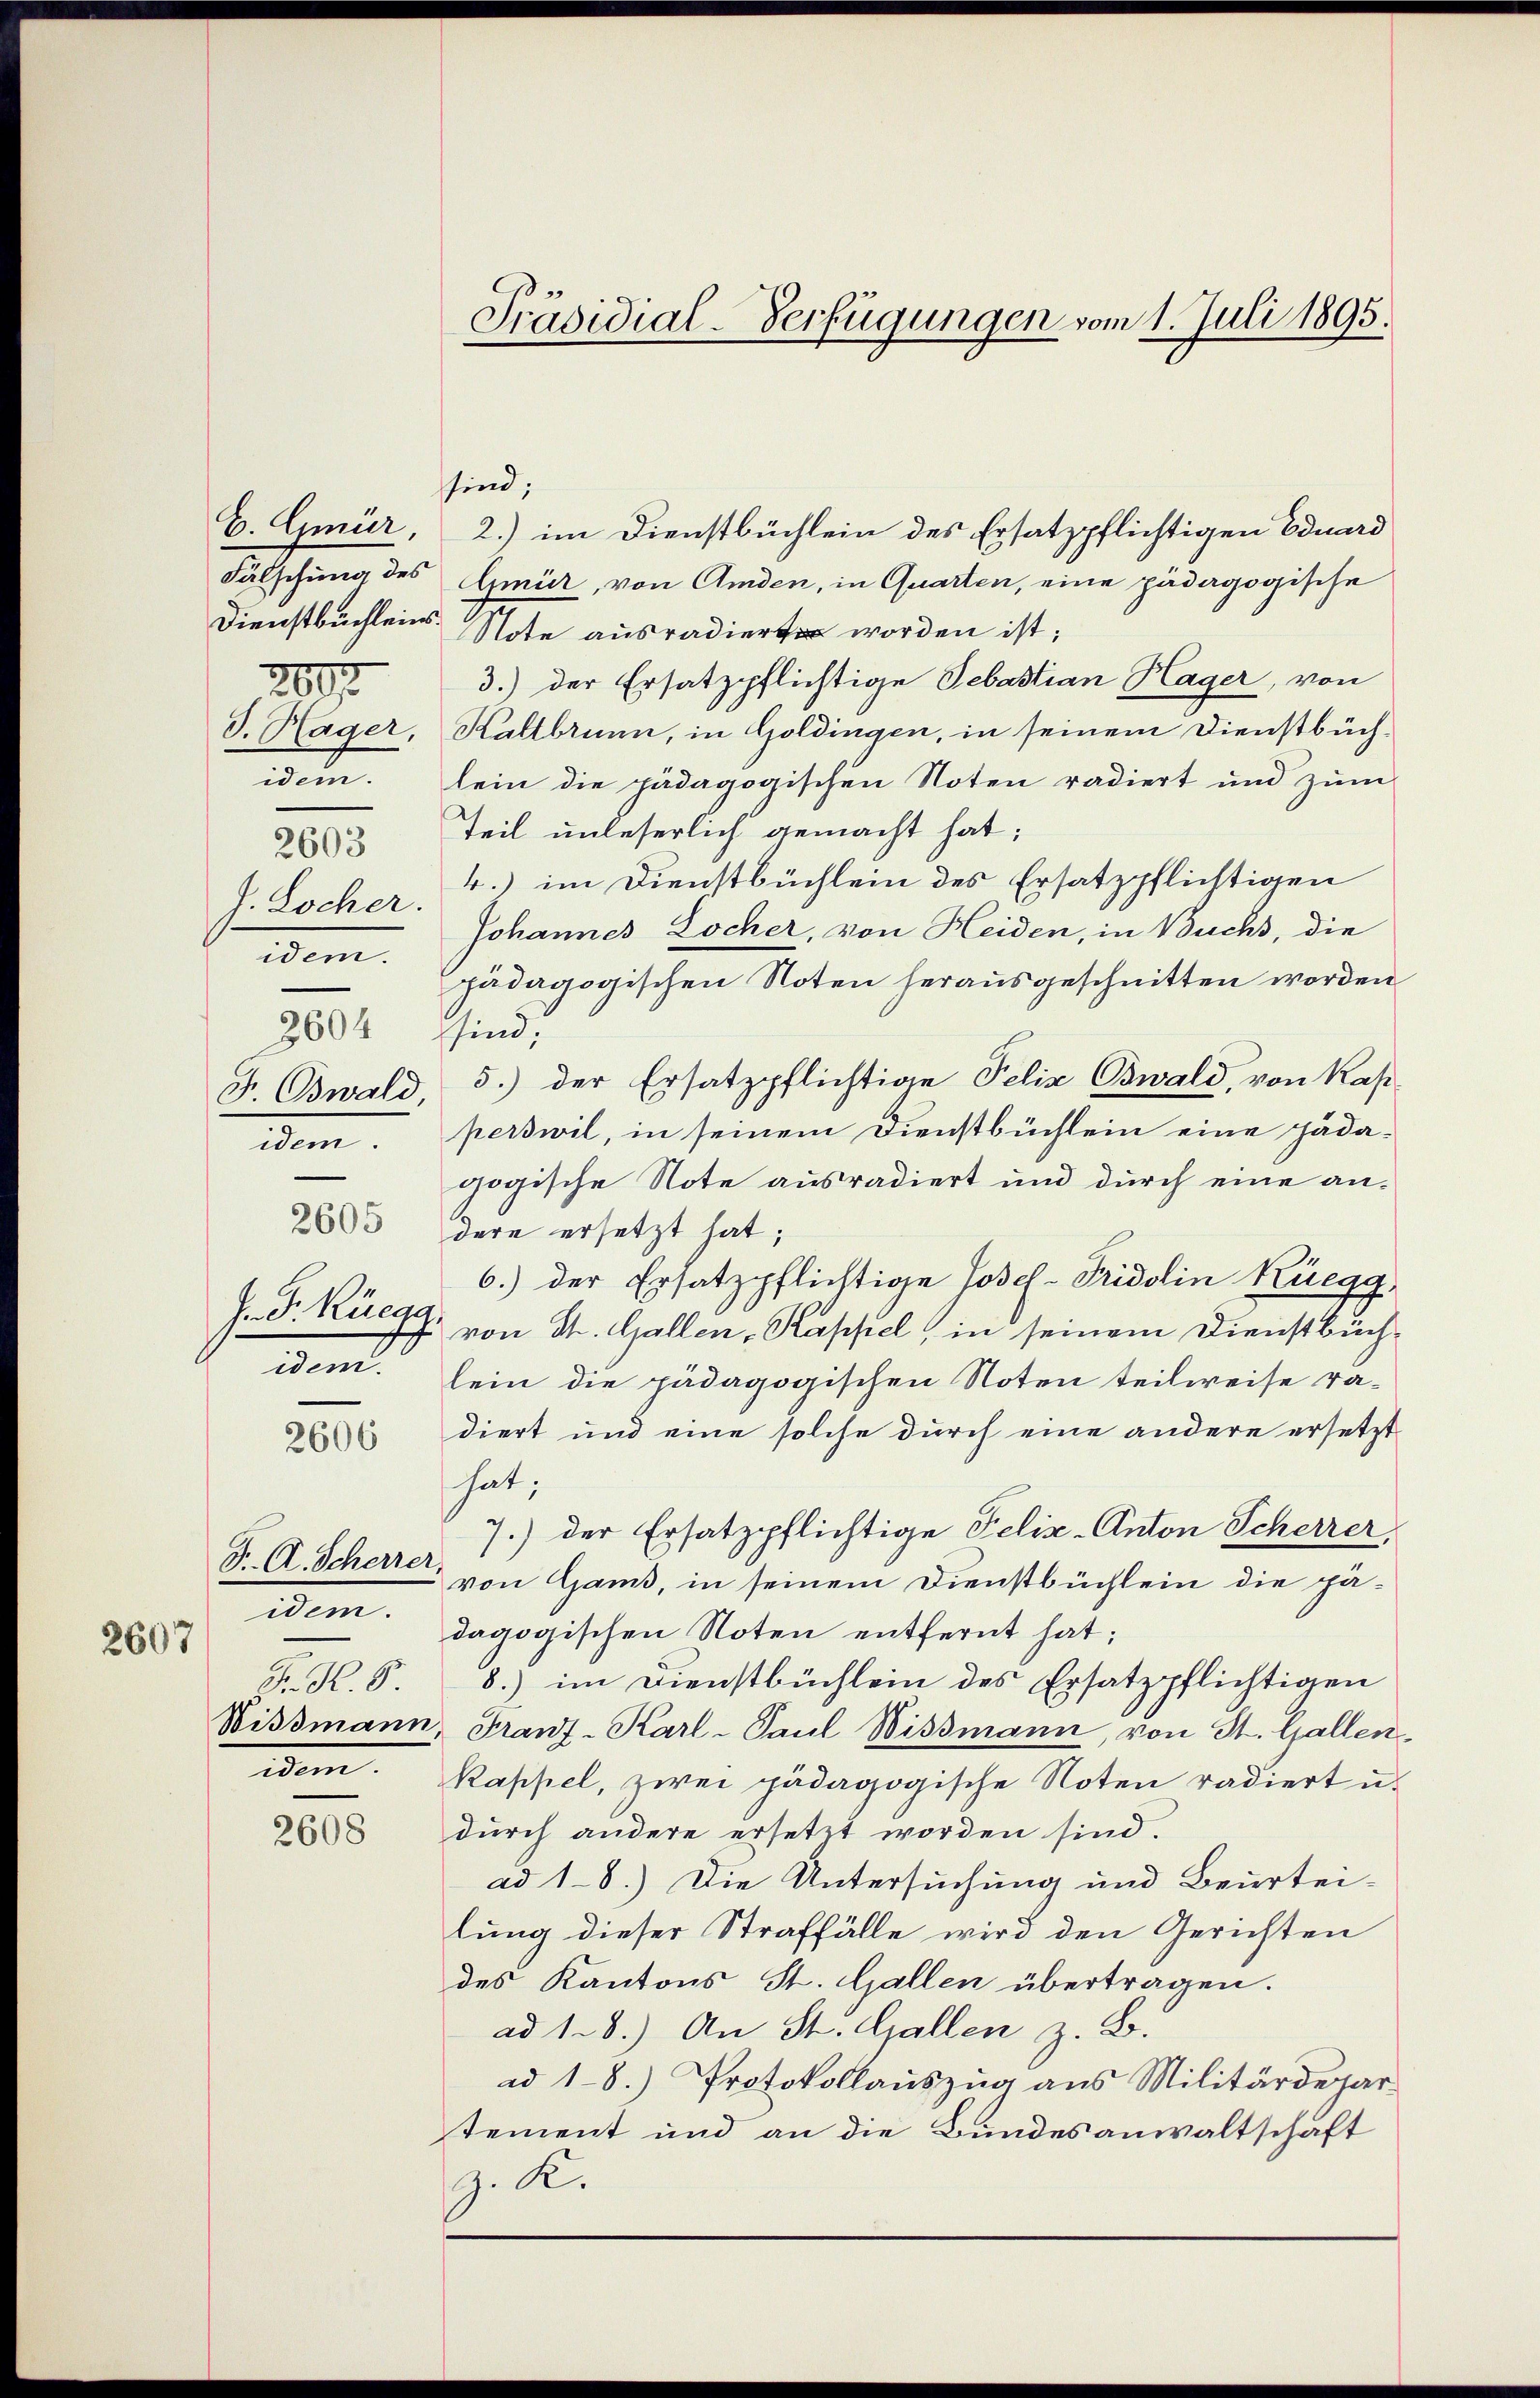
2607

C. Gmür,
Fälschung des
2807
idem.
2603
J. Locher.
idem.
2604 sind.
F. Oswald
idem.
J. P. Rüegg.
e

2606

S. A. Scherrer
idem.
Fr. R. S.

2608

Präsidial-Verfügungen vom 1. Juli 1895.

sind;
2.) im Dienstbüchlein des Ersatzpflichtigen Eduard
Gmür, von Amden, in Quarten, eine pädagogische
Dienstbüchleins State ausradiert worden ist;
3.) der Ersatzpflichtige Sebastian Hager, von
d. Hager, Kaltbrunn, in Goldingen, in seinem Dienstbüchlein die pädagogischen Noten radiert und zum
Teil unbeserlich gemacht hat;
4.) im Dienstbüchlein des Ersatzpflichtigen
Johannes Locher, von Heiden, in Buchs, die
pädagogischen Noten herausgeschnitten worden
5.) der Ersatzpflichtige Felix Oswald, von Kap
perswil, in seinem Dienstbüchlein eine pädagogische Note ausradiert und durch eine an¬
2603 dere ersetzt hat;
6.) der Ersatzpflichtige Josef-Pridolin Küegg
von St. Gallen, Kapsiel, in seinem Dienstbüchlein die pädagogischen Noten teilweise radiert und eine solche durch eine andere ersetzt
hat;
7.) der Ersatzpflichtige Felix-Anton Scherrer,
von Gams, in seinem Dienstbüchlein die pädagogischen Noten entfernt hat;
8.) im Dienstbüchlein des Ersatzpflichtigen
Wismann, Franz-Karl- Paul Wissmann, von St. Gallen
idem Kappel, zwei pädagogische Noten radiert u.
durch andere ersetzt worden sind.
ad 1-8.) Die Untersuchung und Beurtei-
lung dieser Straffälle wird den Gerichten
des Kantons St. Gallen übertragen.
ad 1.8.) An St. Gallen z. B.
ad 1-8.) Protokollauszug aus Militärdepar
tement und an die Bundesanwaltschäft
J. K.